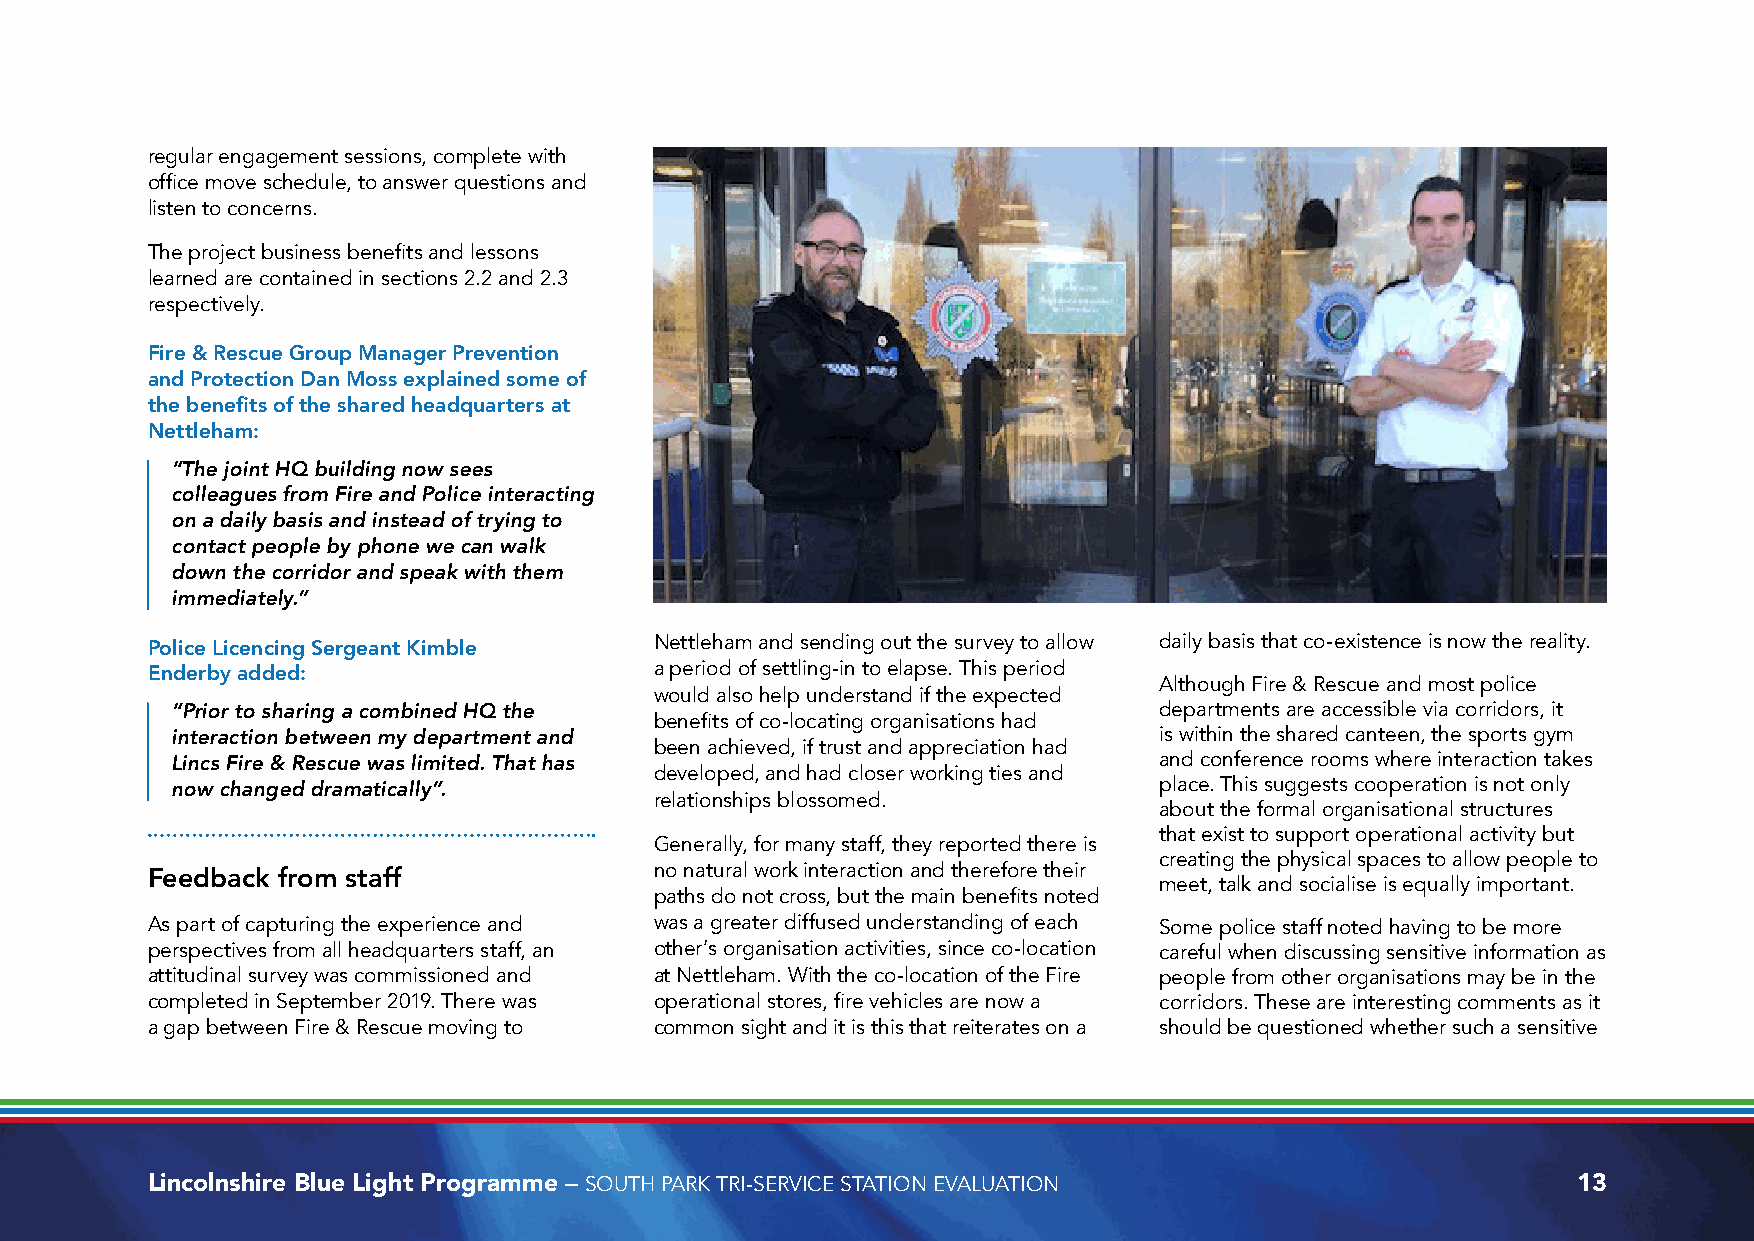
regular engagement sessions, complete with
 office move schedule, to answer questions and
 listen to concerns.
 The project business benefits and lessons
 learned are contained in sections 2.2 and 2.3
 respectively.
 Fire & Rescue Group Manager Prevention
 and Protection Dan Moss explained some of
 the benefits of the shared headquarters at
 Nettleham:
 “The joint HQ building now sees
 colleagues from Fire and Police interacting
 on a daily basis and instead of trying to
 contact people by phone we can walk
 down the corridor and speak with them
 immediately.”
 Police Licencing Sergeant Kimble Nettleham and sending out the survey to allow daily basis that co-existence is now the reality.
 Enderby added:                   a period of settling-in to elapse. This period
 Although Fire & Rescue and most police
 would also help understand if the expected
 “Prior to sharing a combined HQ the                               departments are accessible via corridors, it
 benefits of co-locating organisations had
 interaction between my department and                             is within the shared canteen, the sports gym
 been achieved, if trust and appreciation had
 Lincs Fire & Rescue was limited. That has                         and conference rooms where interaction takes
 developed, and had closer working ties and
 now changed dramatically”.                                        place. This suggests cooperation is not only
 relationships blossomed.
 about the formal organisational structures
 that exist to support operational activity but
 Generally, for many staff, they reported there is
 creating the physical spaces to allow people to
 Feedback from staff              no natural work interaction and therefore their
 meet, talk and socialise is equally important.
 paths do not cross, but the main benefits noted
 As part of capturing the experience and was a greater diffused understanding of each Some police staff noted having to be more
 perspectives from all headquarters staff, an other’s organisation activities, since co-location careful when discussing sensitive information as
 attitudinal survey was commissioned and at Nettleham. With the co-location of the Fire people from other organisations may be in the
 completed in September 2019. There was operational stores, fire vehicles are now a corridors. These are interesting comments as it
 a gap between Fire & Rescue moving to common sight and it is this that reiterates on a should be questioned whether such a sensitive
 Lincolnshire Blue Light Programme – SOUTH PARK TRI-SERVICE STATION EVALUATION                 13